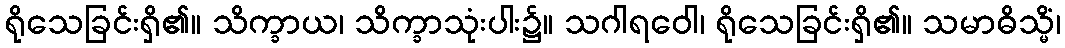
ရိုသေခြင်းရှိ၏။ သိက္ခာယ၊ သိက္ခာသုံးပါး၌။ သဂါရဝေါ၊ ရိုသေခြင်းရှိ၏။ သမာဓိသ္မိံ၊